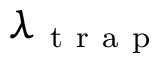
\lambda _ { \mathrm { ~ t ~ r ~ a ~ p ~ } }